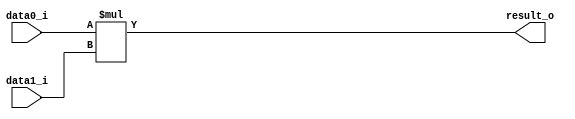
/* ================================================
 * Nombre del proyecto: Una ALU que opera con datos en 8-bit.
 * Archivo:             04 productor_top.v (4/7).
 *
 * Facultad:            ... de Ingeniera en Electrnica y Comunicaciones.
 * Universidad:         Universidad Veracruzana.
 *
 * Autores:             Paulo Abraham Barrientos Casanova (cnnick.ex@gmail.com),
 *                      Garrifo Fernndez Alexis Alfonso (alexisfdx24@gmail.com),
 *                      Loyda de Len Cristian Armando (loyda182@hotmail.com), y
 *                      Martagn Garca Julio Csar (juliomg458@gmail.com).
 *
 * Inspirado por el trabajo del Dr. Neiel I. Leyva Santes.
 * ================================================*/

 module productor_top(
     input [7:0] data0_i,
     input [7:0] data1_i,
     output [7:0] result_o
 );

 assign result_o = data0_i * data1_i;

 endmodule